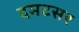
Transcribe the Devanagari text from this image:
दमटसर